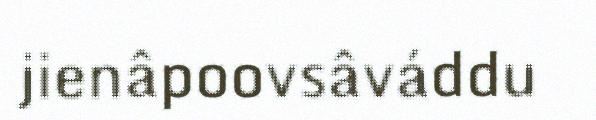
jienâpoovsâváddu